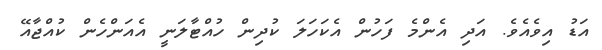
އަޑު އިވެއެވެ. އަދި އެންމެ ފަހުން އެކަހަލަ ކުދިން ހުއްޓާލަނީ އެއަންހެން ކުއްޖާއޭ